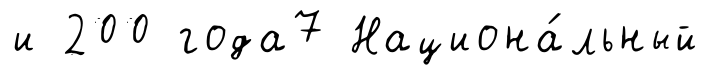
и 200 года7 Национа́льный